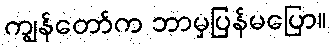
ကျွန်တော်က ဘာမှပြန်မပြော။